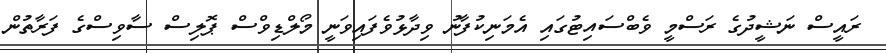
ރައީސް ނަޝީދުގެ ރަސްމީ ވެބްސައިޓުގައި އެމަނިކުފާނު ވިދާޅުވެފައިވަނީ މޯލްޑިވްސް ޕޮލިސް ސާވިސްގެ ފަރާތުން